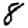
Digit: 8